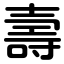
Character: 壽